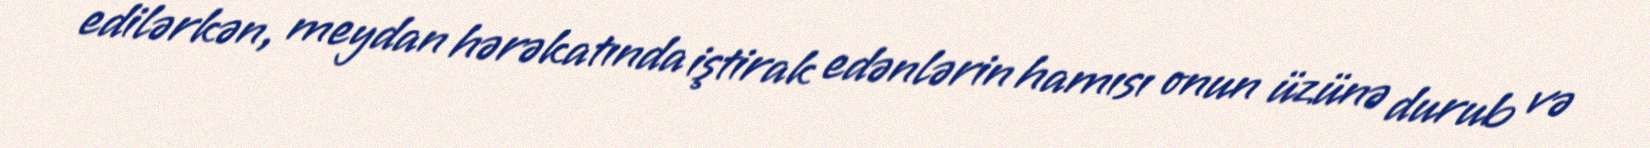
edilərkən, meydan hərəkatında iştirak edənlərin hamısı onun üzünə durub və